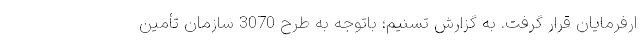
ارفرمایان قرار گرفت. به گزارش تسنیم؛ باتوجه به طرح 3070 سازمان تأمین